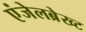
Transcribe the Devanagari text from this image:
एंजेलब्रेख्ट